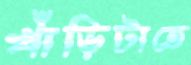
খাঁড়িটাতে